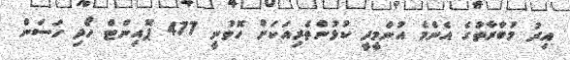
އިރު މުބާރާތުގެ އެންމެ އުންމީދީ ކުޅުންތެރިއަކަށް ހޮވުނީ 477 ޕޮއިންޓް ހޯދި ހަސަން